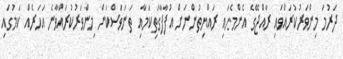
ދަރުމަ މިންވަރުކުރައްވައި ރާއްޖޭގެ އެންމެހައި ރައްޔިތުންނަށް އުފާފާގަތިކަމާއި ތަނަވަސްކަން މިންވަރުކުރައްވާނެ އަހަރެއް ކަމުގައި